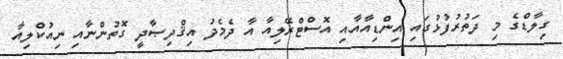
ގިލާޑްގެ މި ދަތުރުފުޅުގައި އިންޑިއާއާއި އޮސްޓްރޭލިއާ އާ ދެމެދު އިޤްދިޞާދީ ގޮތުންނާއި ނިއުކްލިއާ